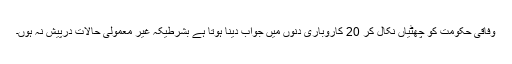
وفاقی حکومت کو چھٹیاں نکال کر 20 کاروباری دنوں میں جواب دینا ہوتا ہے بشرطیکہ غیر معمولی حالات درپیش نہ ہوں۔